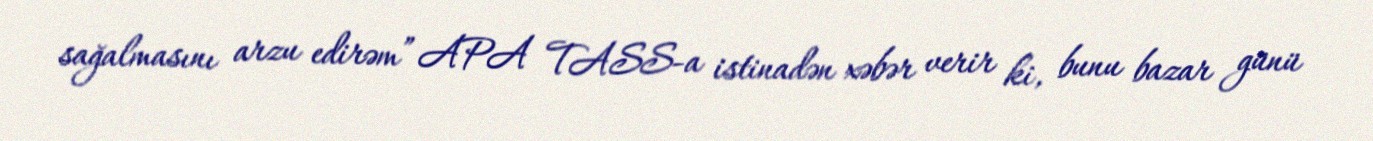
sağalmasını arzu edirəm” APA TASS-a istinadən xəbər verir ki, bunu bazar günü